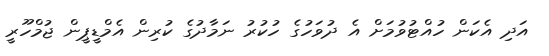
އަދި އެކަން ހުއްޓުވުމަށް އެ ދުވަހުގެ ހުކުރު ނަމާދުގެ ކުރިން އެމްޑީޕީން ޖުމްހޫރީ